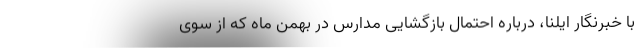
با خبرنگار ایلنا، درباره احتمال بازگشایی مدارس در بهمن ماه که از سوی